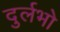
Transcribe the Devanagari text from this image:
दुर्लभो